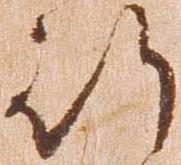
行